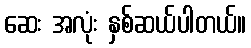
ဆေး အလုံး နှစ်ဆယ်ပါတယ်။